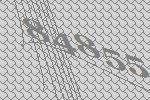
84855